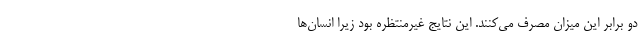
دو برابر این میزان مصرف می‌کنند. این نتایج غیرمنتظره بود زیرا انسان‌ها